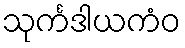
သုင်္ကဒါယကံဝ